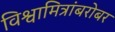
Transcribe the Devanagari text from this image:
विश्वामित्रांबरोबर